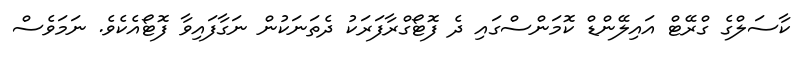
ކާސަލްގެ ގްރޭޓް އައިލޭންޑް ކޮމަންސްގައި ދެ ފޮޓޯގްރާފަރަކު ދެތަނަކުން ނަގާފައިވާ ފޮޓޯއެކެވެ. ނަމަވެސް